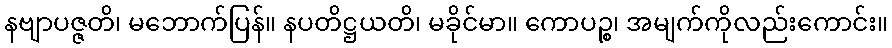
နဗျာပဇ္ဇတိ၊ မဘောက်ပြန်။ နပတိဋ္ဌယတိ၊ မခိုင်မာ။ ကောပဉ္စ၊ အမျက်ကိုလည်းကောင်း။